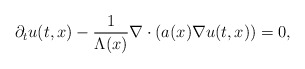
\begin{align*}\partial_t u(t,x)-\frac{1}{\Lambda(x)}\nabla\cdot (a(x)\nabla u(t,x)) = 0,\end{align*}